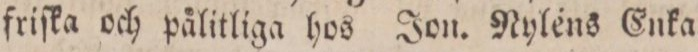
friſka och pålitliga hos Jon. Nylens Enka.